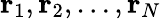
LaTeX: \mathbf{r}_{1},\mathbf{r}_{2},\ldots,\mathbf{r}_{N}